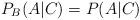
LaTeX: \begin{align*} P_B (A | C) = P(A | C)\end{align*}